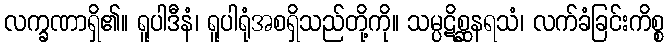
လက္ခဏာရှိ၏။ ရူပါဒီနံ၊ ရူပါရုံအစရှိသည်တို့ကို။ သမ္ပဋိစ္ဆနရသံ၊ လက်ခံခြင်းကိစ္စ